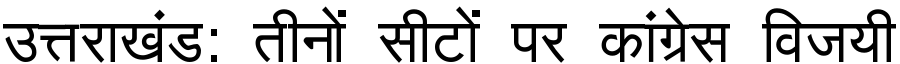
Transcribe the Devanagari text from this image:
उत्तराखंड: तीनों सीटों पर कांग्रेस विजयी